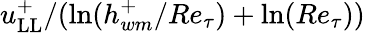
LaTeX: {u_{\mathrm{LL}}^{+}}/({\ln(h_{wm}^{+}/Re_{\tau})+\ln(Re_{\tau}}))